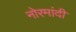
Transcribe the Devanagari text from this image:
नोरमांदी